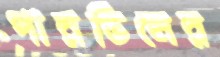
পারভিনের